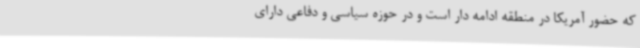
که حضور آمریکا در منطقه ادامه دار است و در حوزه سیاسی و دفاعی دارای